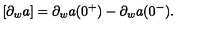
[ \partial _ { w } a ] = \partial _ { w } a ( 0 ^ { + } ) - \partial _ { w } a ( 0 ^ { - } ) .